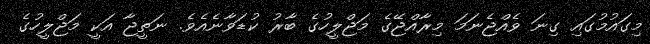
މިގައުމުގައި ގިނަ ވެއްޖެނަމަ މިރާއްޖޭގެ މަޖްލީހުގެ ބާރު ކުޑަވާނެއެވެ. ނަތީޖާ އަކީ މަޖްލީހުގެ